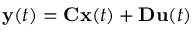
\mathbf { y } ( t ) = \mathbf { C } \mathbf { x } ( t ) + \mathbf { D } \mathbf { u } ( t )